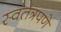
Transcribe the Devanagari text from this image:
स्वंतत्रपणे